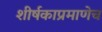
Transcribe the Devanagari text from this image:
शीर्षकाप्रमाणेच